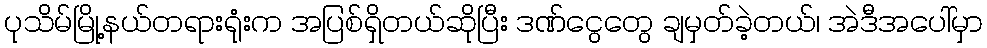
ပုသိမ်မြို့နယ်တရားရုံးက အပြစ်ရှိတယ်ဆိုပြီး ဒဏ်ငွေတွေ ချမှတ်ခဲ့တယ်၊ အဲဒီအပေါ်မှာ